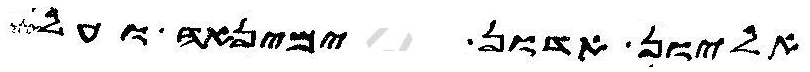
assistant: אליון אדון ימינאה ועל